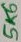
Text: 5K6